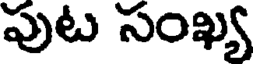
పుట సంఖ్య